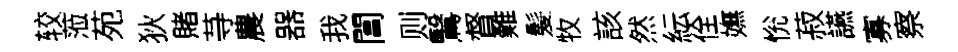
较蒞苑狄賭䒭農器我閶则鷖督難髪牧該然紜佺嫵恱菽讌寡察